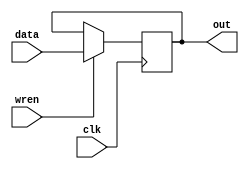
module delay_signal(output reg[23:0] out, input clk, input[23:0] data, input wren);
	always @(posedge clk)
	begin
		if(wren)
			out <= data;
	end
endmodule